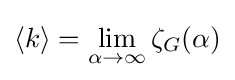
\langle k\rangle =\lim _{\alpha \rightarrow \infty }\zeta _{G}(\alpha )